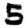
Digit: 5